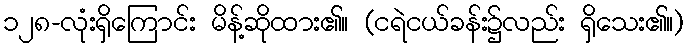
၁၂၈-လုံးရှိကြောင်း မိန့်ဆိုထား၏။ (ငရဲငယ်ခန်း၌လည်း ရှိသေး၏။)